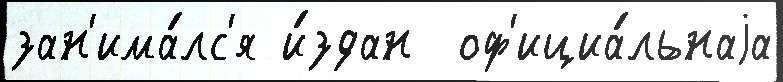
зан'има́лс'я и́здан  оф'ициа́льнаjа